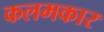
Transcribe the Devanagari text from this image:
कलमकार